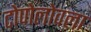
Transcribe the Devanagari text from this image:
टोपोलोवला